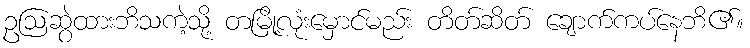
ဥဩဆွဲထားဘိသကဲ့သို့ တမြို့လုံးမှောင်မည်း တိတ်ဆိတ် ချောက်ကပ်နေဘိ၏။